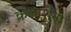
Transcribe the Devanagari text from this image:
कलाशंना